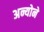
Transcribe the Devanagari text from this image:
अन्योने